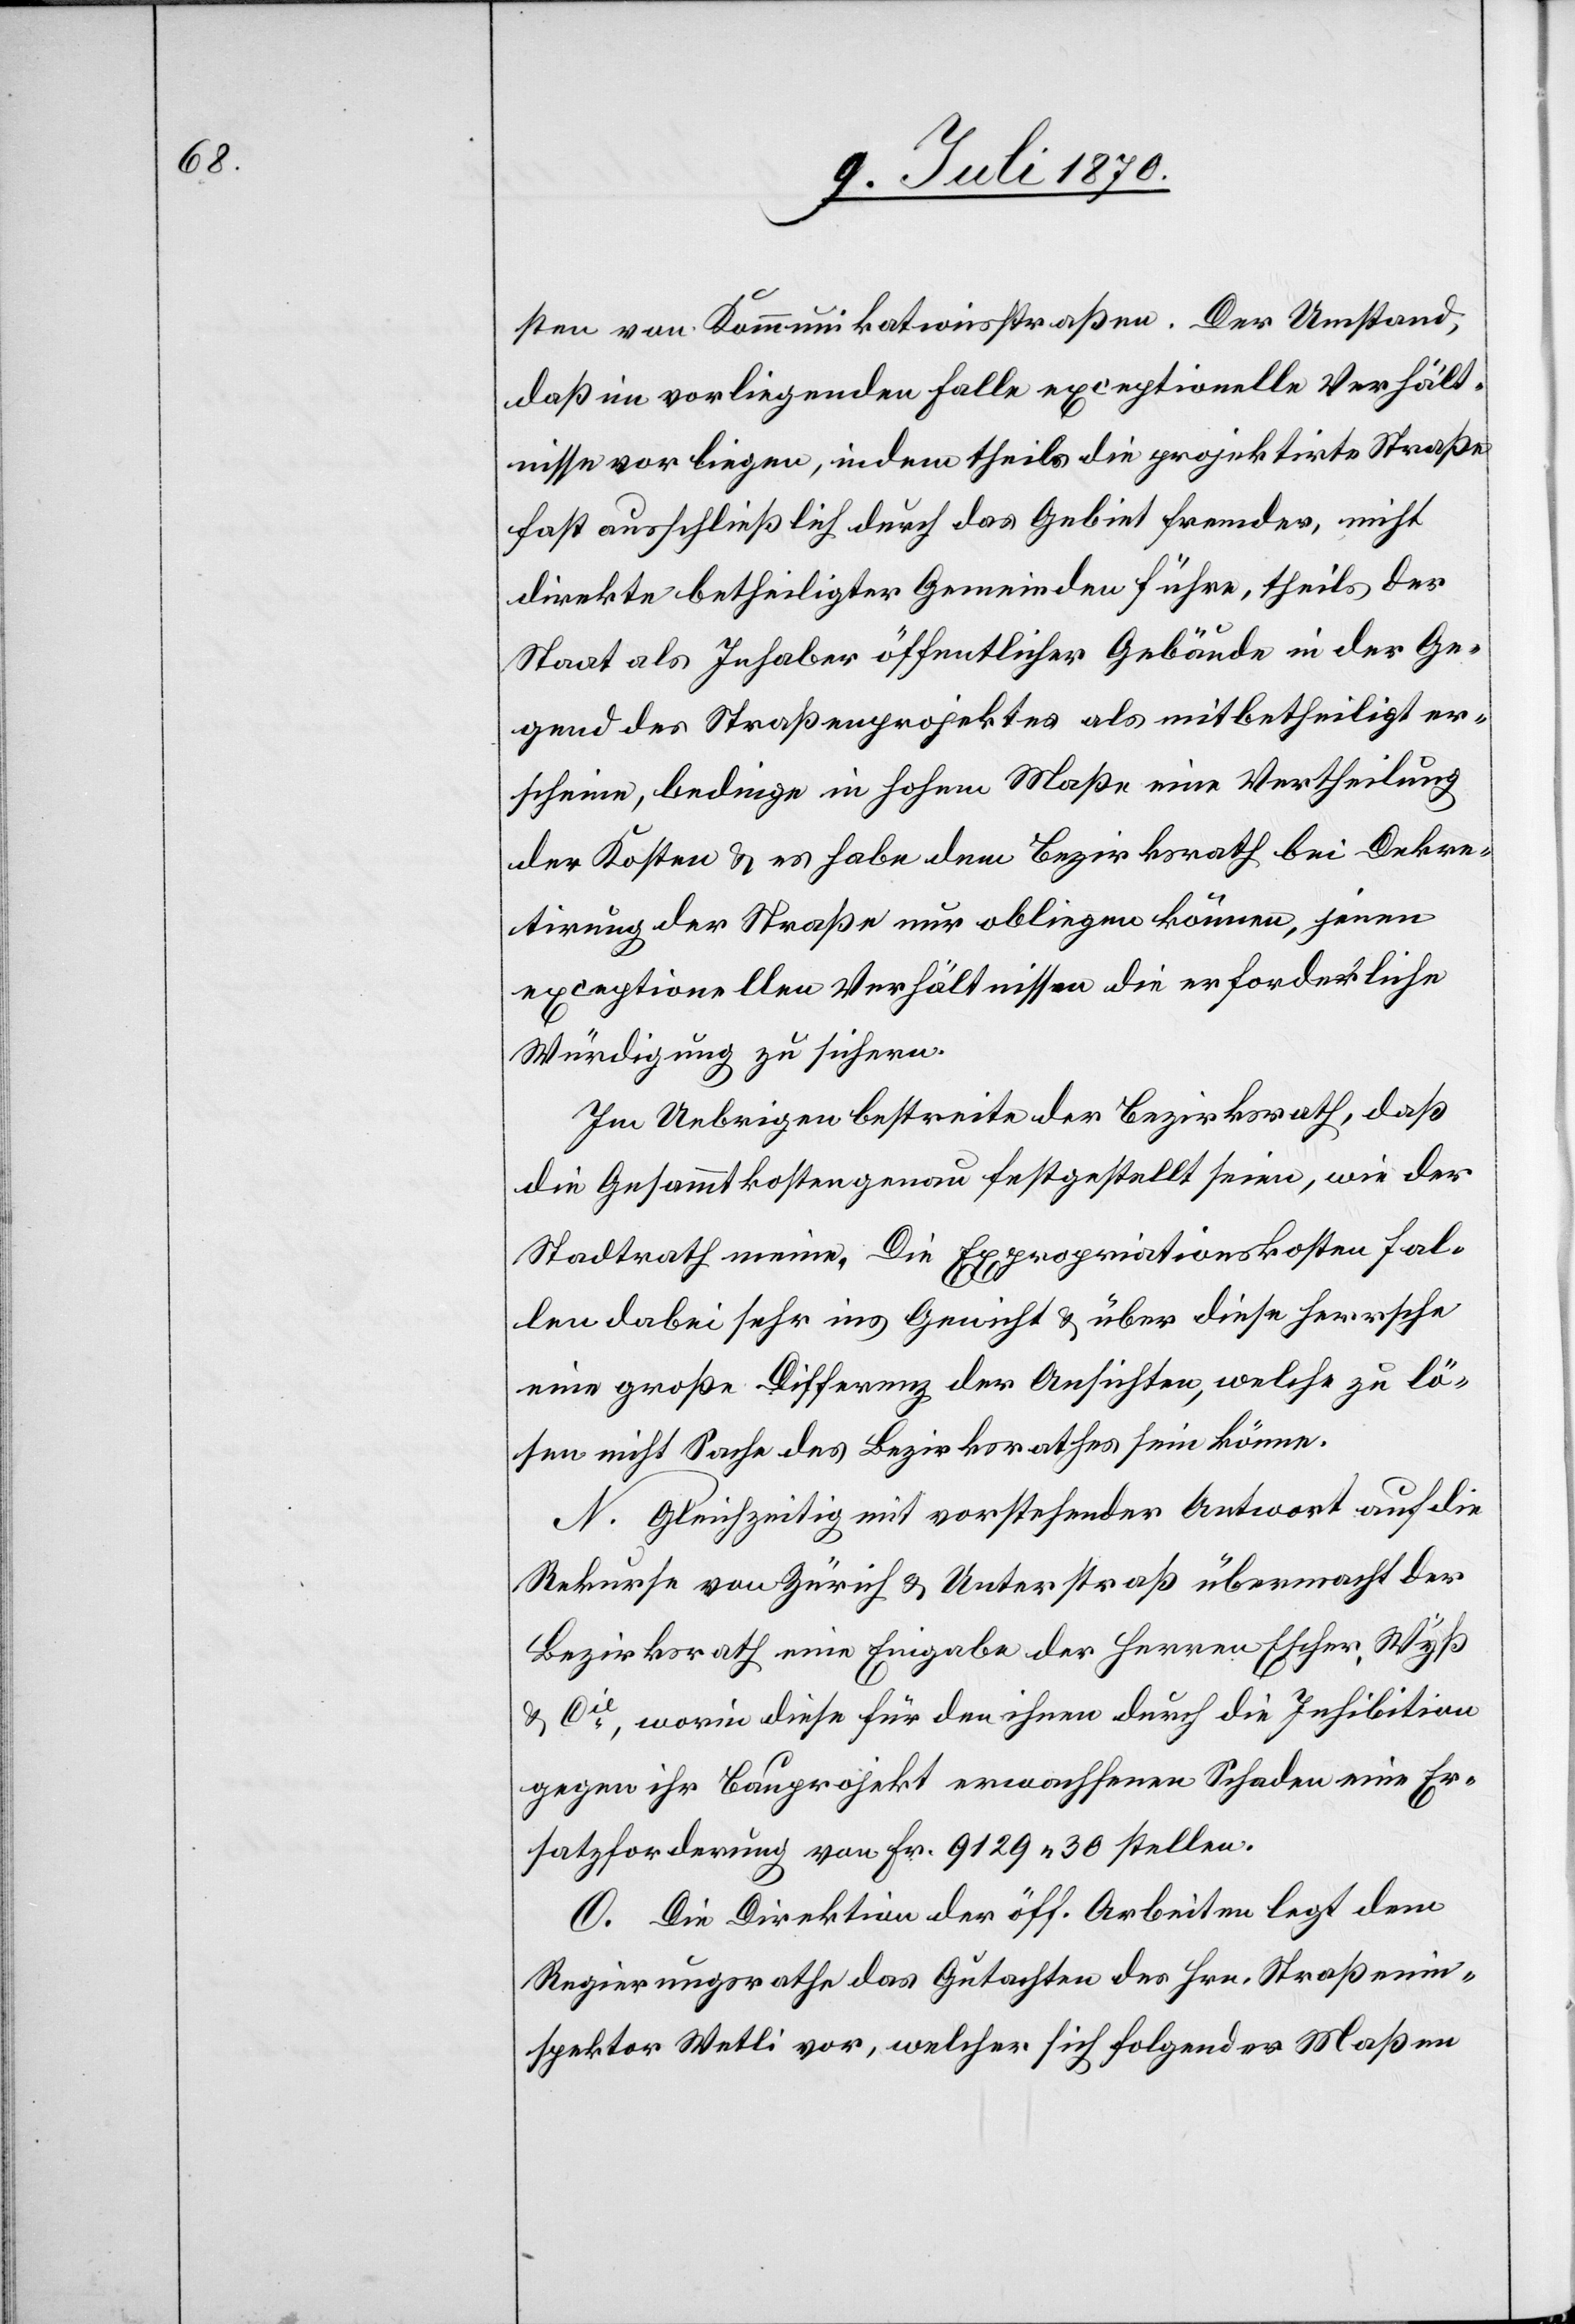
sten von Kommunikationsstraßen. Der Umstand,
daß im vorliegenden Falle exceptionelle Verhält¬
nisse vorliegen, indem theils die projektirte Straße
fast ausschließlich durch das Gebiet fremder, nicht
direkte betheiligter Gemeinden führe, theils der
Staat als Inhaber öffentlicher Gebäude in der Ge¬
gend des Straßenprojektes als mitbetheiligt er¬
scheine, bedinge in hohem Maße eine Vertheilung
der Kosten & es habe dem Bezirksrath bei Dekre¬
tirung der Straße nur obliegen können, jenen
exceptionellen Verhältnissen die erforderliche
Würdigung zu sichern.
Im Uebrigen bestreitet der Bezirksrath, daß
die Gesammtkosten genau festgestellt seien, wie der
Stadtrath meine. Die Expropriationskosten fal¬
len dabei sehr ins Gewicht & über diese herrsche
eine große Differenz der Ansichten, welche zu lö¬
sen nicht Sache des Bezirksrathes sein könne.
N. Gleichzeitig mit vorstehender Antwort auf die
Rekurse von Zürich & Unterstraß übermacht der
Bezirksrath eine Eingabe der Herren Escher, Wyß
& Cie, worin diese für den ihnen durch die Inhibition
gegen ihr Bauprojekt erwachsenen Schaden eine Er¬
satzforderung von Fr. 9129.30 stellen.
O. Die Direktion der öff. Arbeiten legt dem
Regierungsrathe das Gutachten des Hrn. Straßenin¬
spektor Wetli vor, welcher sich folgender Maßen